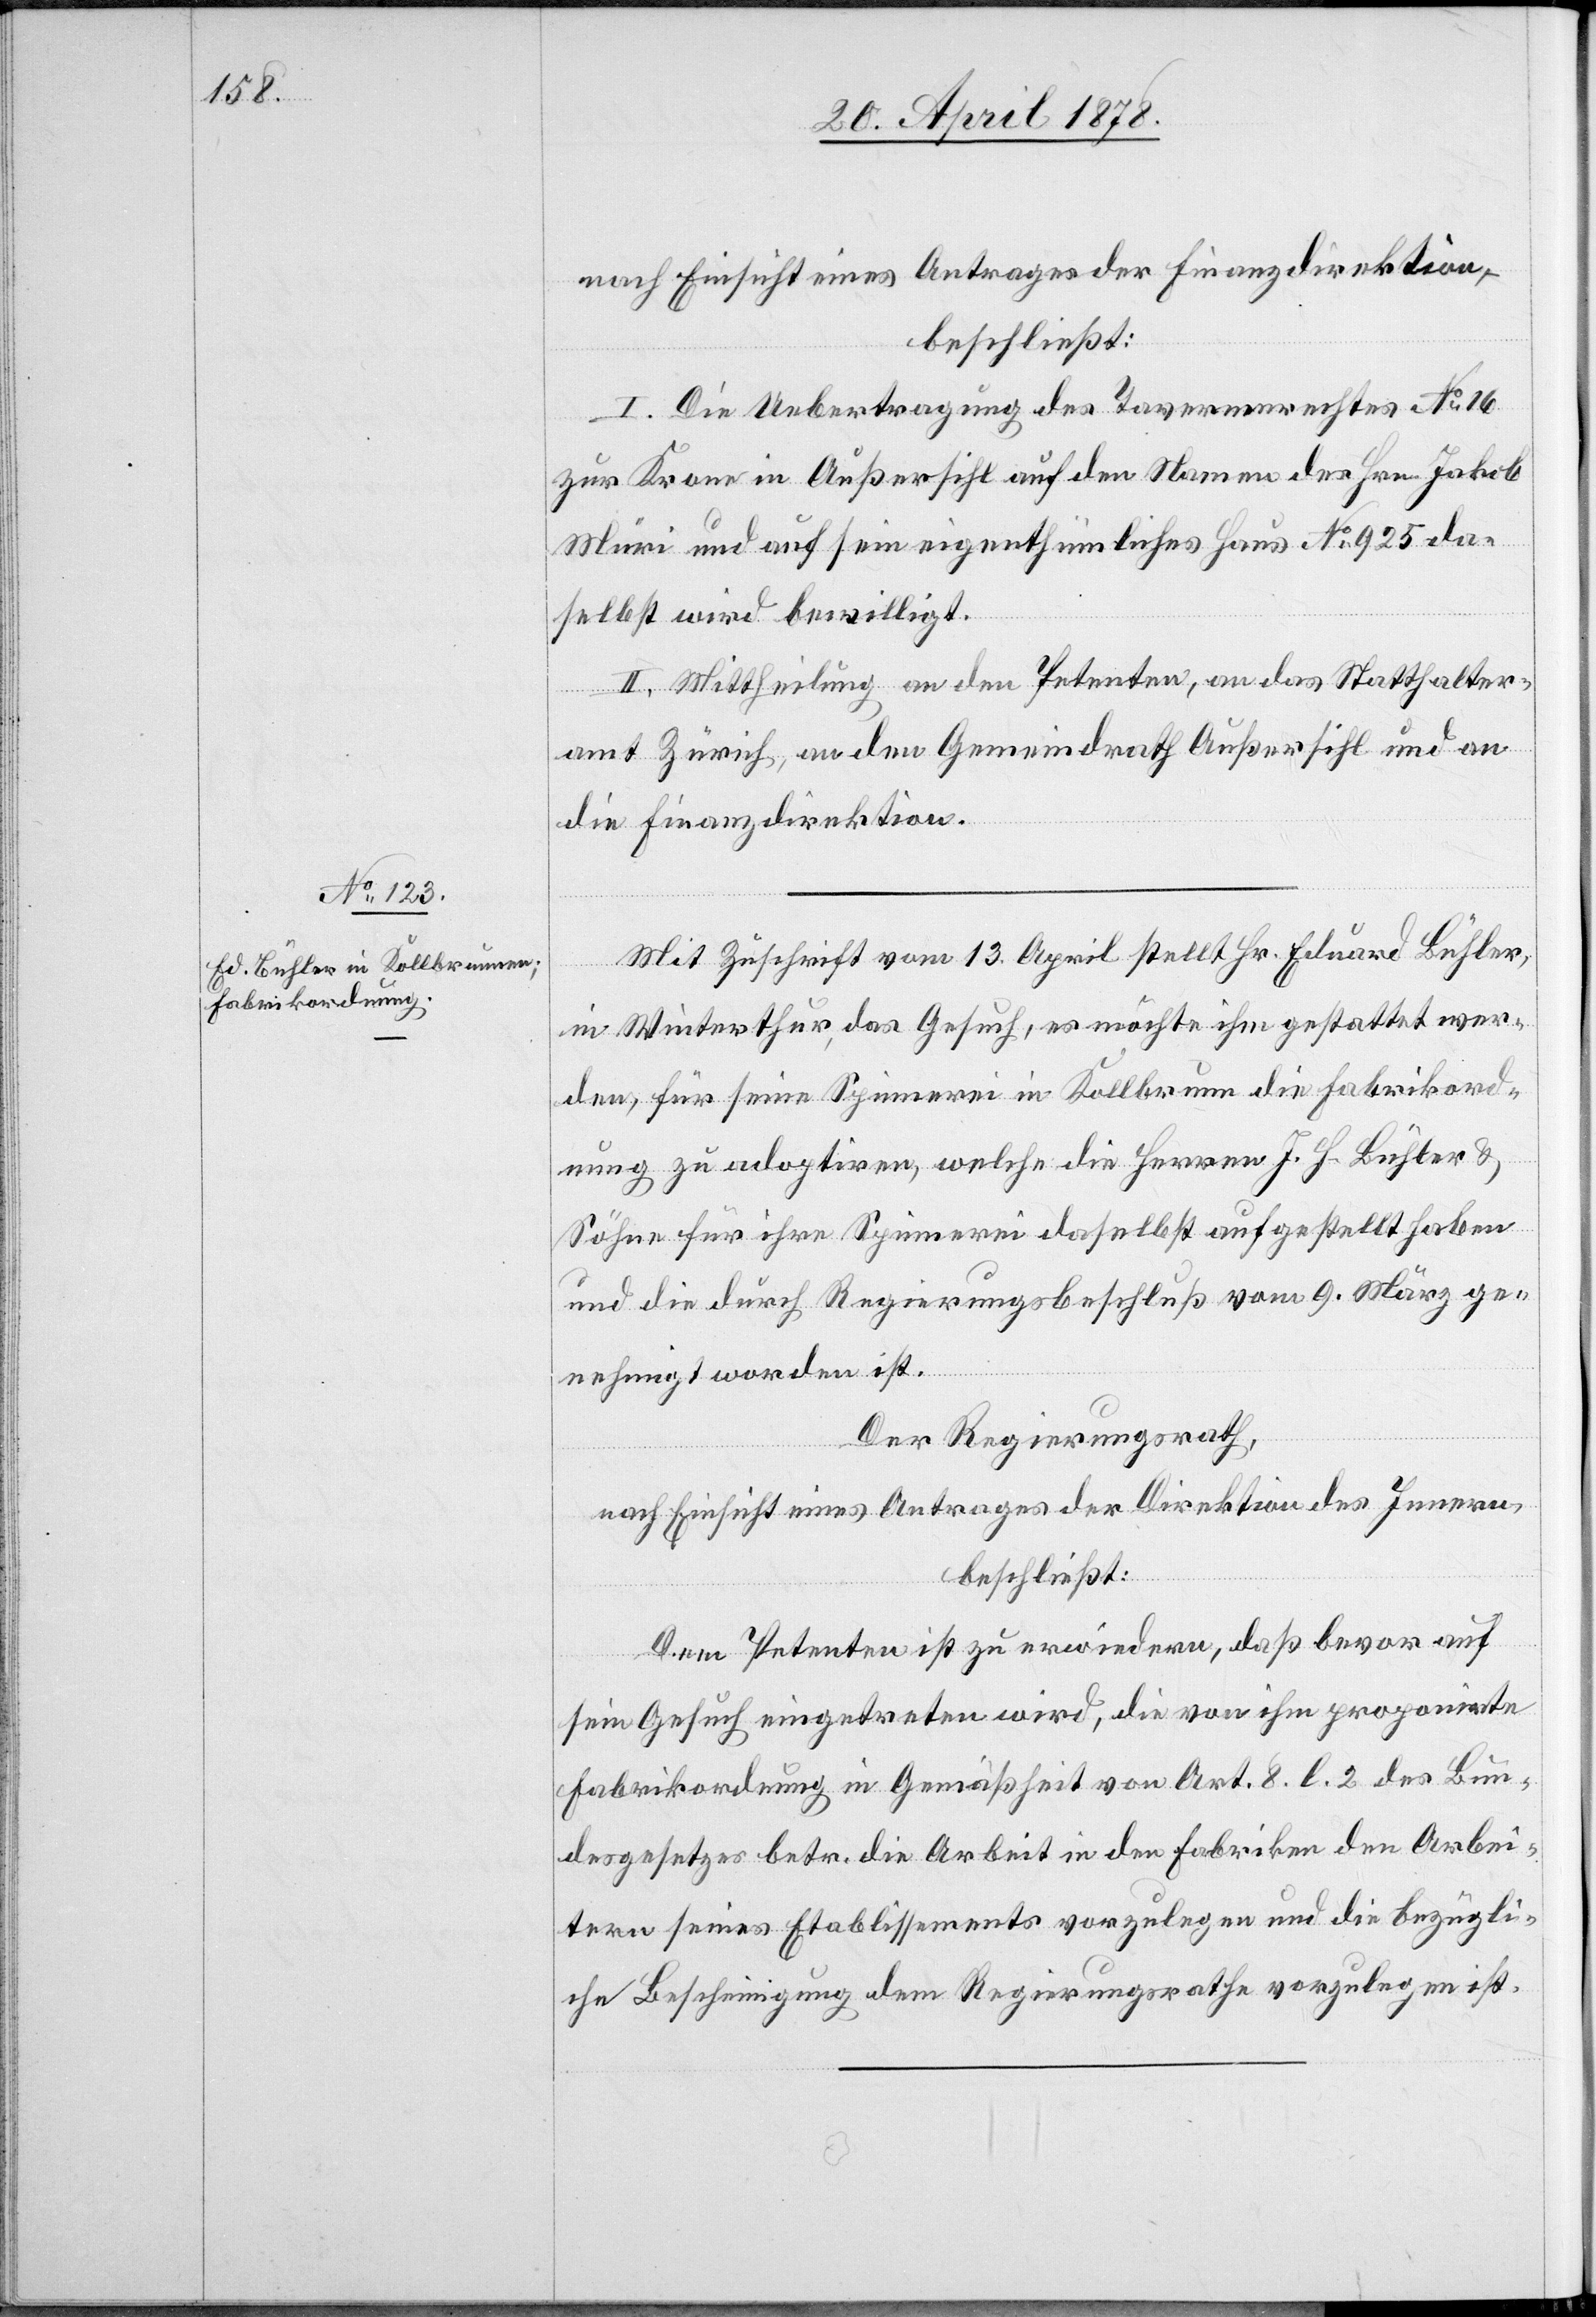
nach Einsicht eines Antrages der Finanzdirektion,
beschließt:
I. Die Uebertragung des Tavernenrechtes No 16
zur Krone in Außersihl auf den Namen des Hrn. Jakob
Müri und auf sein eigenthümliches Haus No 925 da¬
selbst wird bewilligt.
II. Mittheilung an den Petenten, an das Statthalter¬
amt Zürich, an den Gemeindrath Außersihl und an
die Finanzdirektion.
Mit Zuschrift vom 13. April stellt Hr. Eduard Bühler,
in Winterthur, das Gesuch, es möchte ihm gestattet wer¬
den, für seine Spinnerei in Kollbrunnen die Fabrikord¬
nung zu adoptiren, welche die Herren J. H. Bühler &
Söhne für ihre Spinnerei daselbst aufgestellt haben
und die durch Regierungsbeschluß vom 9. März ge¬
nehmigt worden ist.
Der Regierungsrath,
nach Einsicht eines Antrages der Direktion des Innern,
beschließt:
Den Petenten ist zu erwiedern, daß bevor auf
sein Gesuch eingetreten wird, die von ihm proponirte
Fabrikordnung in Gemäßheit von Art. 8 l. 2 des Bun¬
desgesetzes betr. die Arbeit in den Fabriken den Arbei¬
tern seines Etablissements vorzulegen und die bezügli¬
che Bescheinigung dem Regierungsrathe vorzulegen ist.